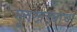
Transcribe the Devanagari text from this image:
मूतखड्याचा